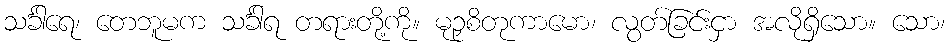
သင်္ခါရေ၊ တေဘူမက သင်္ခါရ တရားတို့ကို။ မုဉှစိတုကာမော၊ လွတ်ခြင်းငှာ အလိုရှိသော။ သော၊